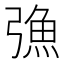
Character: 𢐗